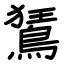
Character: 鵟